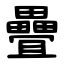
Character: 疊